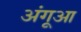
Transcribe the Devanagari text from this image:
अंगूआ